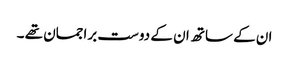
ان کے ساتھ ان کے دوست براجمان تھے ۔